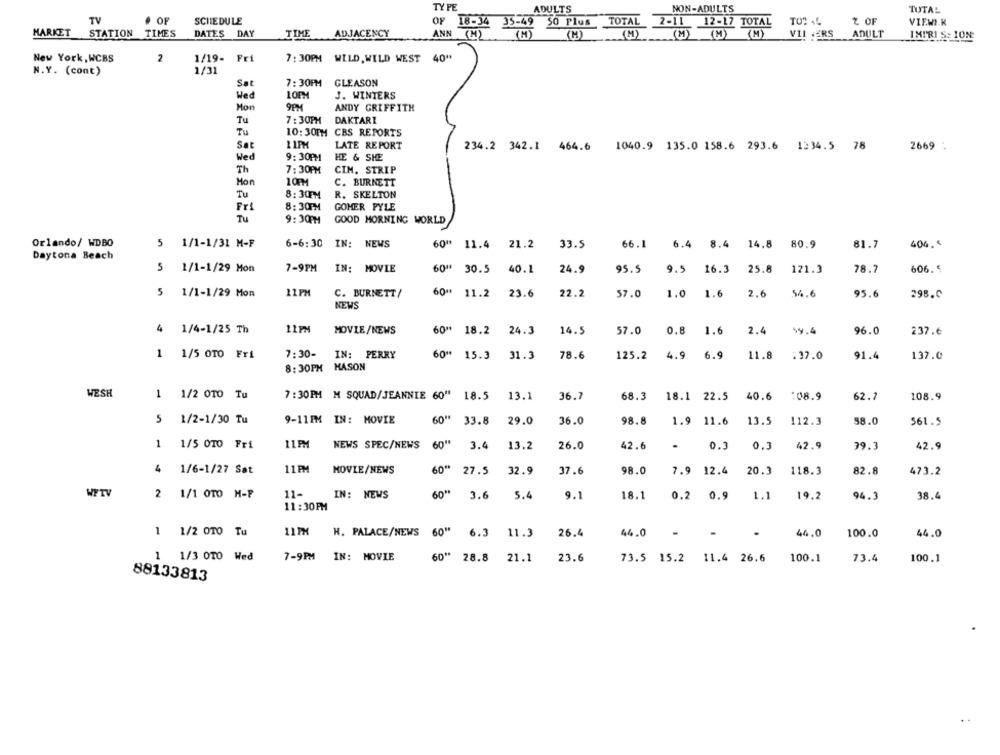
TY PE
NON-ADULTS
ADULTS
TUTAL
TV
OF
SCHEDULE
OF 18-34 35-49
9 50 Plus
TOTAL 2-11 12-17 TOTAL
TOTAL
Z OF
VIEWI.R
33-49
MARKET
STATION
TIMES
DATES DAY
TIME ADJACENCY
ANN CH)
( M )
(H)
VIL ERS
ADULT
IMPRI S: ION
New York, WCBS
2
1/19- Fri
7: 30PM WILD, WILD WEST 40"
N.Y. (cont)
1/31
Sat
7: 30PM GLEASON
Hed
LOFM
J. WINTERS
Mon
9PM
ANDY GRIFFITH
Tu
7:30PM
DAKTARI
Tu
10: 30PM CBS REPORTS
Sat
LATE REPORT
234.2 342.1 464.6 1040.9 135.0 158.6 293.6 1334.5 78
2669 .
Wed
9:30PM
HE & SHE
Th
7:30PM
CIM. STRIP
Hon
10PM
C. BURNETT
Tu
8:30PM
R. SKELTON
Fri
8:30PM
GOMER PYLE
Tu
9:30PM
GOOD MORNING WORLD
Orlando/ WDBO
5 1/1-1/31 M-F
6-6:30 IN: NEWS
60" 11.4
21.2
33.5
66.1
6.4 8.4 14.8 80.9
81.7
404.4
Daytona Beach
5
1/1-1/29 Mon
7-9PM
IN: MOVIE
60" 30.5
40.1
24.9
95.5
9.5 16.3
25.8
121.3
78.7
606. 5
5
1/1-1/29 Mon
11PM
C. BURNETT/
60" 11.2
23.6
22.2
57.0
1.0 1.6
2.6
54.6
95.6
298.0
NEWS
1/4-1/25 Th
11PM
MOVIE/NEWS
60" 18.2
24.3
14.5
57.0
0.8 1.6
2.4
59.4
96.0
237.6
1
1/5 0TO Fri
7:30-
IN: PERRY
60"
15.3
31.3
78.6
125.2
4.9
6.9
11.8
:37.0
91.4
137.0
8:30PM
MASON
WESH
1 1/2 010 Tu
7: 30PM M SQUAD/JEANNIE 60" 18.5
13.1
36.7
68.3
18.1 22.5 40.6 :08.9
62.7
108.9
5
1/2-1/30 Tu
9-11FM IN: MOVIE
60" 33.8
29.0
36.0
98.8
1.9 11.6
13.5
112.3
98.0
561.5
1
1/5 010 Fri
11PM
NEWS SPEC/NEWS
60"
3.4
13.2
26.0
42.6
0.3
42.9
39.3
42.9
0.3
4
11PM
60"
1/6-1/27 Sat
MOVIE/NEWS
27.5
32.9
37.6
98.0
7.9 12.4
20.3
118.3
82.8
473.2
WPTV
2
1/1 OTO H-P
11-
IN: NEWS
60"
3.6
5.4
9.1
18.1
0.2
0.9
1.1
19.2
94.3
38.4
11:30PM
1
1/2 OTO Tu
11PM
H. PALACE/NEWS
60"
6.3
11.3
26.4
44.0
.
.
46.0
100.0
44.0
1/3 0TO Wed
7-9PM
IN: MOVIE
60 **
28.8
21.1
23.6
73.5 15.2 11.4 26.6
100.1
73.4
100.1
88133813